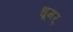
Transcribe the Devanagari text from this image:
धूमर्